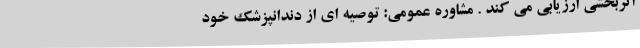
اثربخشی ارزیابی می کند . مشاوره عمومی: توصیه ای از دندانپزشک خود